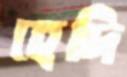
হেদি